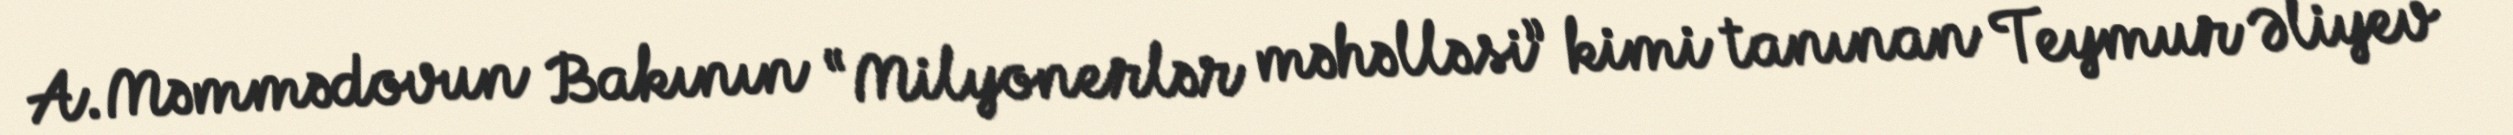
A.Məmmədovun Bakının “Milyonerlər məhəlləsi” kimi tanınan Teymur Əliyev